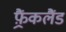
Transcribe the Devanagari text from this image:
फ़्रैंकलैंड